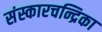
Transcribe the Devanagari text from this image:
संस्कारचन्द्रिका